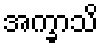
အက္ခာသိ